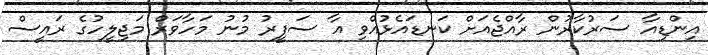
އިންޑިއާ ސަރުކާރުން ރާއްޖެއަށް ކަނޑައެޅުއްވި އާ ސަފީރު މުނު މަހާވަރް މަޖިލީހުގެ ރައީސް